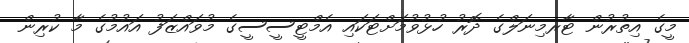
މީގެ އިތުރުން ޓާރމިނަލްގެ ދޮރު ހުޅުވުމަށްޓަކައި އެމްޓީސީސީގެ މުވައްޒަފު އައުމުގެ މާ ކުރިން